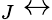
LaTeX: _J\leftrightarrow